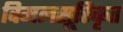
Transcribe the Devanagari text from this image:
विमलसूरिकृत